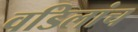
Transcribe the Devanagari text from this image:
वडिलांच